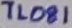
Text: TL081